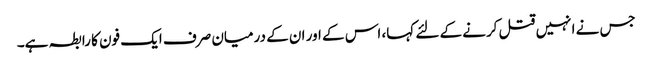
جس نے انہیں قتل کرنے کے لئے کہا، اس کے اور ان کے درمیان صرف ایک فون کا رابطہ ہے۔